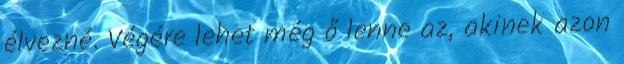
élvezné. Végére lehet még ő lenne az, akinek azon